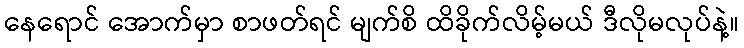
နေရောင် အောက်မှာ စာဖတ်ရင် မျက်စိ ထိခိုက်လိမ့်မယ် ဒီလိုမလုပ်နဲ့။